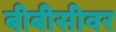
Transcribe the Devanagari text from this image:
बीबीसीवर